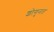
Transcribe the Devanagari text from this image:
शोगुनत